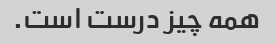
همه چیز درست است.